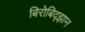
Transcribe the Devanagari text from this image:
बिरोबिद्झान